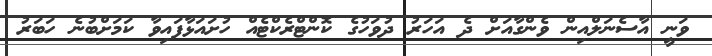
ވަނީ އާސެނަލްއިން ވެންގާއަށް ދެ އަހަރު ދުވަހުގެ ކޮންޓްރެކްޓެއް ހުށައަޅާފައިވާ ކަމަށްބުނެ ހަބަރު